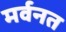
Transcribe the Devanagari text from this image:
मर्वनत